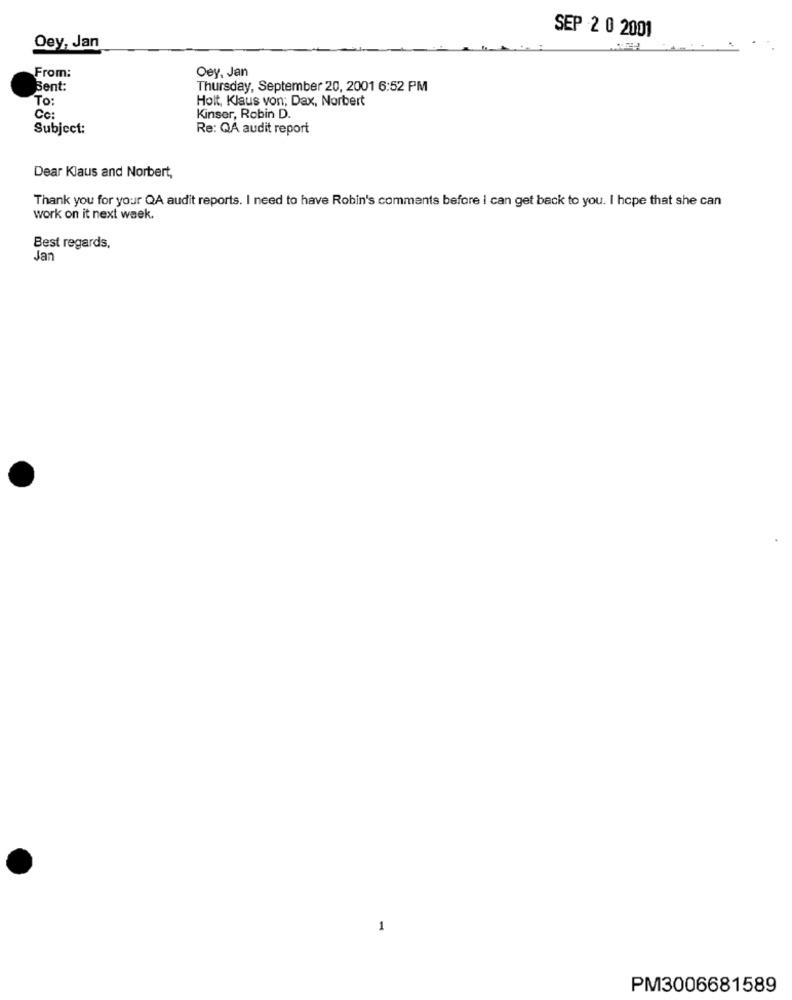
SEP 2 0 2001
Oey, Jan
From:
Oey, Jan
Bent:
Thursday, September 20, 2001 6:52 PM
To:
Holt, Klaus von; Dax, Norbert
Co:
Kinser, Robin D.
Subject:
Re: QA audit report
Dear Klaus and Norbert,
Thank you for your QA audit reports. I need to have Robin's comments before i can get back to you. I hope that she can
work on it next week.
Best regards,
Jan
1
PM3006681589